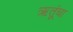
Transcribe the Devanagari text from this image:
ऋतूंचा